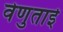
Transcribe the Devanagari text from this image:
वेणुताई